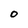
Character: O